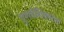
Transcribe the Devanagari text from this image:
गुणवैशिष्ट्यांना